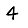
Digit: 4